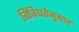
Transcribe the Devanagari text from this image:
विविधतेनुसार